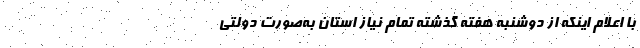
با اعلام اینکه از دوشنبه هفته گذشته تمام نیاز استان به‌صورت دولتی